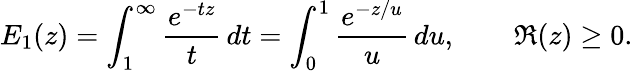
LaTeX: E_{1}(z)=\int_{1}^{\infty}{\frac{e^{-tz}}{t}}\, dt=\int_{0}^{1}{\frac{e^{-z/u}}{u}}\, du,\qquad\Re(z)\geq 0.